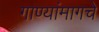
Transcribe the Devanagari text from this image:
गाण्यांमागचे